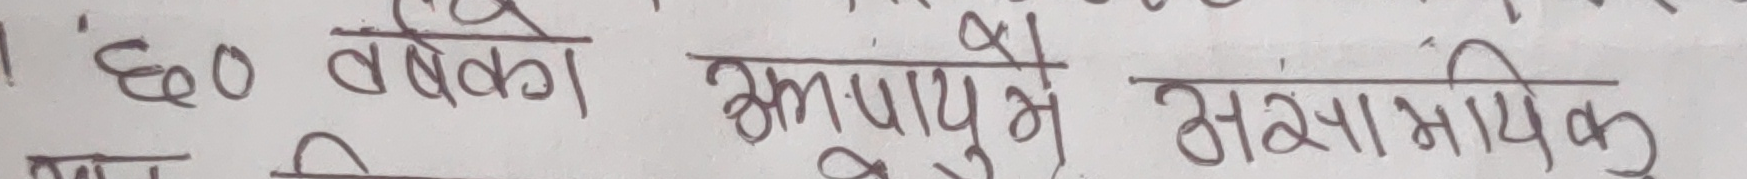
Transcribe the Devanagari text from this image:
छ० वर्षको उमेरमा असामायिक